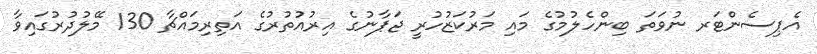
އެޕިސެންޓަރ ނުވަތަ ބިންހެލުމުގެ މައި މަރުކަޒުހުރީ ޖަޕާނުގެ އިރުއުތުރުގެ އަތިރިމައްޗާ 130 މޭލުދުރުގައިވާ